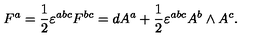
F ^ { a } = \frac 1 2 \varepsilon ^ { a b c } F ^ { b c } = d A ^ { a } + \frac 1 2 \varepsilon ^ { a b c } A ^ { b } \wedge A ^ { c } .